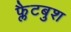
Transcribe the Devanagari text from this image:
फ्लैटबुश